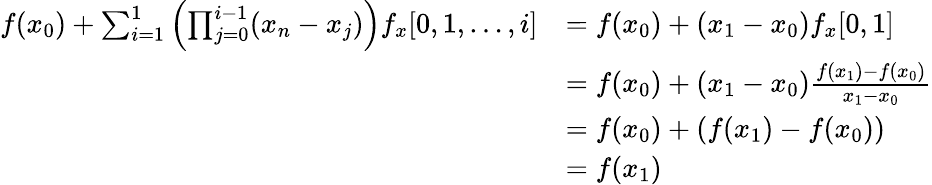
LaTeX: \begin{array}{rl}{f(x_{0})+\sum_{i=1}^{1}\left(\prod_{j=0}^{i-1}(x_{n}-x_{j})\right)f_{x}[0,1,\dots,i]}&{=f(x_{0})+(x_{1}-x_{0})f_{x}[0,1]}\\ &{=f(x_{0})+(x_{1}-x_{0})\frac{f(x_{1})-f(x_{0})}{x_{1}-x_{0}}}\\ &{=f(x_{0})+\left(f(x_{1})-f(x_{0})\right)}\\ &{=f(x_{1})}\end{array}